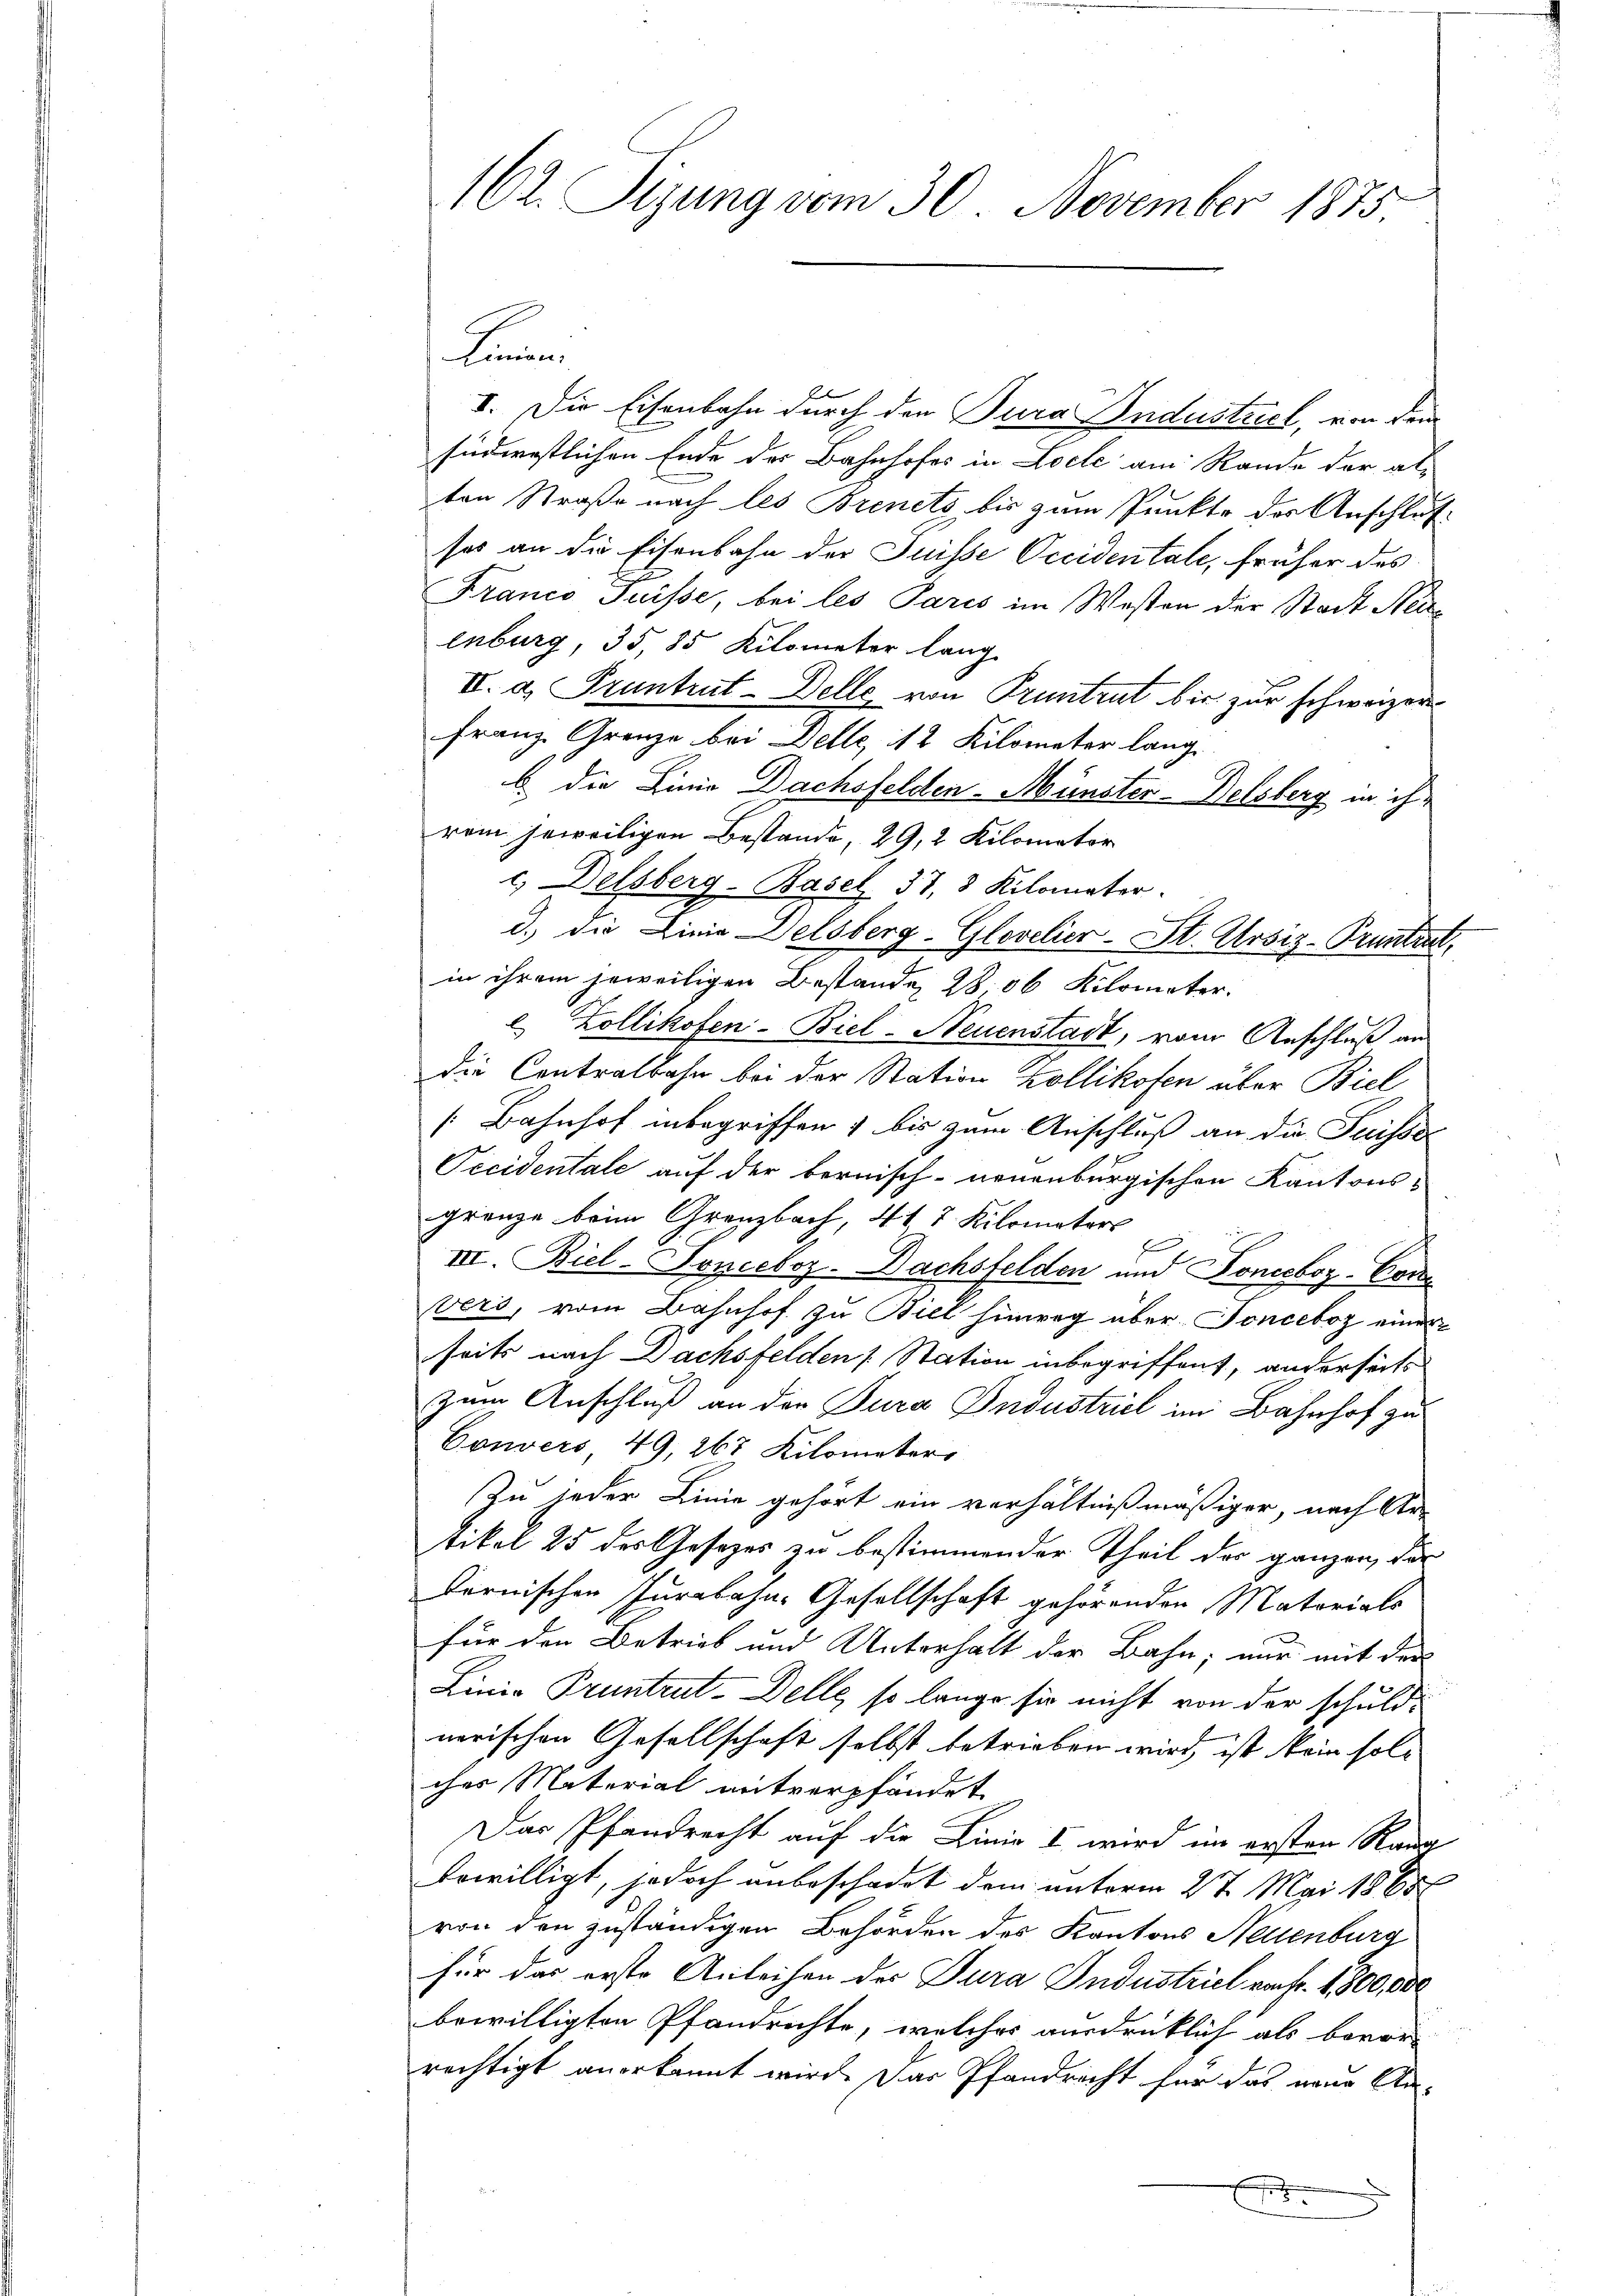
162. Sizung vom 30. November 1875

kamen
I. Die Eisenbahn durch den Jura Industrict, von dem
südwestlichen Ende der Bahnhofes in Locte am Rande der alten Straße nach les Brinets bis zum Punkte der Anschlußses an die Eisenbahn der Suisse Occidentale, früher des
Franco Puisse, bei les Paris im Westen der Stadt Meienburg, 35,85 Kilometer lang
VI. d. Pruntrut-Delle von Pruntrut bis zur schweizer
Franz Granze bei Delle, 12 Kilometer lang
b. die Linie Dachsfelden-Münster-Delsberg in ihr
rein jeweiligen Bestande, 29, 2 Kilomator
c. Delsberg-Basel 37, 3 Kilomater.
d.) die Linie Delsberg-Glovelier-St. Ursiz-Pruntrut,
in ihrem jeweiligen Bestande, 28, 56 Kilometer.
2 Zollikofen-Biel-Neuenstadt, vom Anschluß an
die Contralbahn bei der Station Zollikofen über Biel
[Bahnhof inbegriffen & bis zum Anschluß an die Suisso
Occidentale auf der bernisch- neuenburgischen Kantons-
gränze beim Granzbach, 4t 7 Kilomaters
III. Biel-Sonceboz-Dachsfelden und Fonceboz-Com
vers, vom Bahnhof zu Biel hinweg über Tonceboz einer
seits nach Dachsfelden Station inbegriffent, anderseits
zum Anschluß an der Jura Industriel im Bahnhof zu
Couvers 49, 267 Kilometers
Zu jeder Linie gehört ein verhältnißmäßiger, nach Ar-
tikel 25 des Gesetzes zu bestimmender Theil des ganzen, der
dernischen Jurabahn-Gesellschaft gehörenden Matorials
für den Betrieb und Unterhalt der Bahn; nur mit der
Linio Pruntrut-Delle, so lange sie nicht von der schuld-
nerischen Gesellschaft selbst betrieben wird, ist kein solcher Material mitverpfändet
Das Pfandrecht auf die Linie I wird im ersten Rang
bewilligt, jedoch unbeschadet dem unterm 27. Mai 1865
von den zuständigen Behörden des Kantons Neuenburg
für das erste Anleihen der Jura Industriel von fr. 1800,000
bewilligten Pfandrichte, welches ausdrücklich als bevor-
rechtigt anerkannt wird. Das Pfandrecht für das neue An-
f